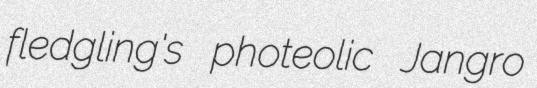
fledgling's photeolic Jangro